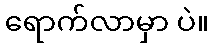
ရောက်လာမှာ ပဲ။